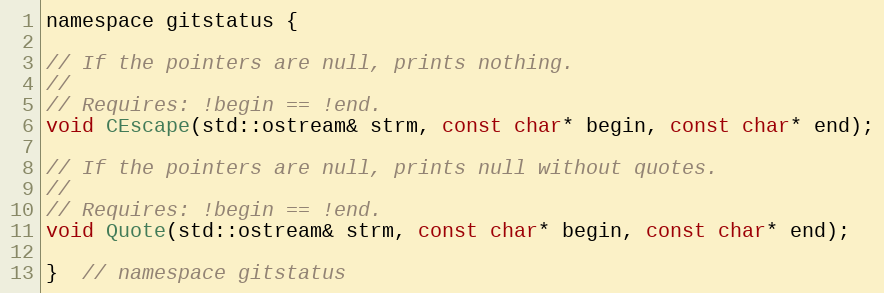
Language: C
namespace gitstatus {

// If the pointers are null, prints nothing.
//
// Requires: !begin == !end.
void CEscape(std::ostream& strm, const char* begin, const char* end);

// If the pointers are null, prints null without quotes.
//
// Requires: !begin == !end.
void Quote(std::ostream& strm, const char* begin, const char* end);

}  // namespace gitstatus